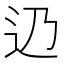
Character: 辸